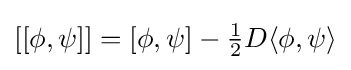
[[\phi ,\psi ]]=[\phi ,\psi ]-{\tfrac {1}{2}}D\langle \phi ,\psi \rangle